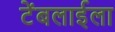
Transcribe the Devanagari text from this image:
टेंबलाईला